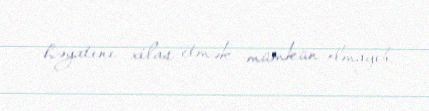
həyatını xilas etmək mümkün olmayıb.